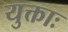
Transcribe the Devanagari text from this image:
युक्ताः